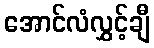
အောင်လံလွှင့်ချီ